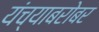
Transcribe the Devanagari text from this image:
यंच्याबरोबर